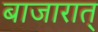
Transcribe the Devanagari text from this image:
बाजारात्‌